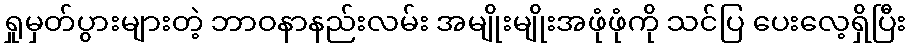
ရှုမှတ်ပွားများတဲ့ ဘာဝနာနည်းလမ်း အမျိုးမျိုးအဖုံဖုံကို သင်ပြ ပေးလေ့ရှိပြီး